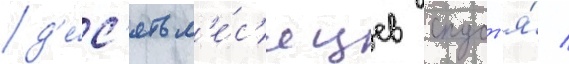
д'е́с'ять м'е́с'яцев спуст'я́ /